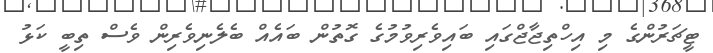
ޓީޗަރުންގެ މި އިހްތިޖާޖްގައި ބައިވެރިވުމުގެ ގޮތުން ބައެއް ބެލެނިވެރިން ވެސް ތިބީ ކަޅު